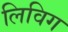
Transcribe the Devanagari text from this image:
लिविग